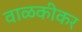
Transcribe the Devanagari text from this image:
वाळकीकर